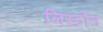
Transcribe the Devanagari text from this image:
लिस्टोन